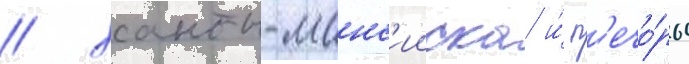
/ ханты-манс'ииска и́ п'ечо́ры